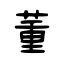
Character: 董